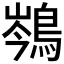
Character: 𪁏